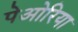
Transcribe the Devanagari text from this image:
पेओरिया